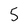
Character: 5